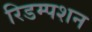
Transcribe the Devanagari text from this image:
रिडम्‍पशन